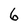
Character: 6